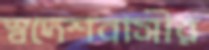
স্বদেশবাসীর